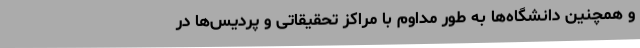
و همچنین دانشگاه‌ها به طور مداوم با مراکز تحقیقاتی و پردیس‌ها در